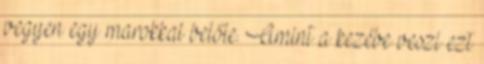
vegyen egy marokkal belőle. Amint a kezébe veszi ezt